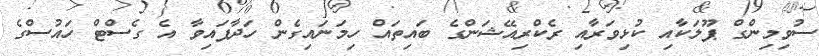
ސުވިމިންގް ޕޫލަކާއި ކުޅިވަރާއި ރެކްރިއޭޝަންގެ ބައިތައް ހިމަނައިގެން ހަދާފައިވާ އެ ގެސްޓް ހައުސްގެ